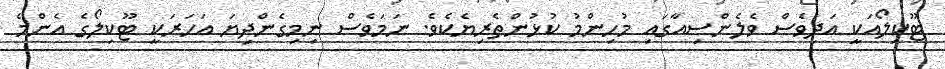
ޓޫކިލޯއަކީ އަދިވެސް ވެލެންސިއާގައި މުހިންމު ކުޅުންތެރިޔެކެވެ. ނަމަވެސް ނިމިގެންދިޔަ އަހަރަކީ ޓޫކިލޯގެ އެންމެ